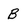
Character: B